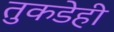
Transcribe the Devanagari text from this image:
तुकडेही